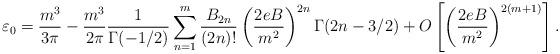
LaTeX: \begin{align*}\varepsilon_{0}=\frac{m^{3}}{3\pi}-\frac{m^{3}}{2\pi}\frac{1}{\Gamma(-1/2)}\sum_{n=1}^{m}\frac{B_{2n}}{(2n)!}\left(\frac{2eB}{m^{2}}\right)^{2n}\Gamma(2n-3/2)+O\left[\left(\frac{2eB}{m^{2}}\right)^{2(m+1)}\right] .\end{align*}